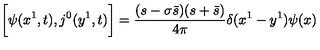
\biggl [ \psi ( x ^ { 1 } , t ) , j ^ { 0 } ( y ^ { 1 } , t ) \biggr ] = \frac { ( s - \sigma \bar { s } ) ( s + \bar { s } ) } { 4 \pi } \delta ( x ^ { 1 } - y ^ { 1 } ) \psi ( x )